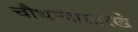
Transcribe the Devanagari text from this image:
चौथऱ्यासारखे